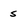
Character: s